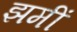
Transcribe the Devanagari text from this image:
झमीं